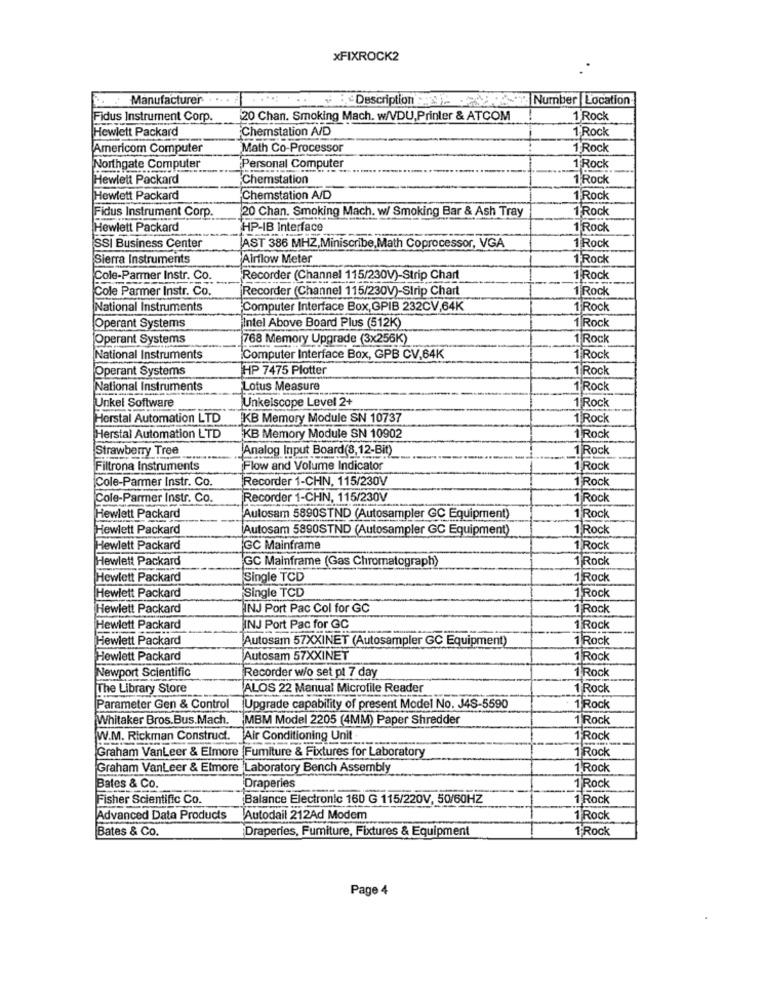
xFIXROCK2
Manufacturer. ....
Description ::- 06- Number Location
Fidus Instrument Corp.
20 Chan. Smoking Mach. w/VDU,Printer & ATCOM
1 Rock
Hewlett Packard
Chemstation A/D
1'Rock
Americom Computer
Math Co-Processor
1 Rock
Northgate Computer
Personal Computer
1 Rock
Hewlett Packard
Chemstation
1 Rock
Hewlett Packard
Chemstation A/D
1 Rock
Fidus Instrument Corp.
20 Chan. Smoking Mach. w/ Smoking Bar & Ash Tray
1 Rock
Hewlett Packard
HP-IB Interface
1 Rock
SSI Business Center
AST 386 MHZ,Miniscribe,Math Coprocessor, VGA
1'Rock
Sierra Instruments
Airflow Meter
1 Rock
Cole-Parmer Instr. Co
Recorder (Channel 115/230V)-Strip Chart
1 Rock
Cole Parmer Instr. Co.
Recorder (Channel 115/230V)-Strip Chart
1 Rock
National Instruments
Computer Interface Box, GPIB 232CV,64K
1 Rock
Operant Systems
Intel Above Board Plus (512K)
1 Rock
Operant Systems
768 Memory Upgrade (3x256K)
1 Rock
National Instruments
Computer Interface Box, GPB CV,64K
1 Rock
Operant Systems
HP 7475 Plotter
1 Rock
National Instruments
Lotus Measure
1 Rock
Unkel Software
Unkeiscope Level 2+
1 Rock
Herstal Automation LTD
KB Memory Module SN 10737
1 Rock
Herstal Automation LTD
KB Memory Module SN 10902
1 Rock
Strawberry Tree
Analog Input Board(8,12-Bit)
1 Rock
Filtrona Instruments
Flow and Volume Indicator
1 Rock
Cole-Parmer Instr. Co.
Recorder 1-CHN, 115/230V
1 Rock
Cole-Parmer Instr. Co.
Recorder 1-CHN, 115/230V
1 Rock
Hewlett Packard
Autosam 5890STND (Autosampler GC Equipment)
Rock
Hewlett Packard
Autosam 5890STND (Autosampler GC Equipment)
1'Rock
Hewlett Packard
GC Mainframe
1 Rock
Hewlett Packard
GC Mainframe (Gas Chromatograph)
1 Rock
Hewlett Packard
Single TCD
1 Rock
Single TCD
Hewlett Packard
1 Rock
Hewlett Packard
INJ Port Pac Col for GC
1 Rock
Hewlett Packard
INJ Port Pac for GC
1 Rock
Hewlett Packard
Autosam 57XXINET (Autosampler GC Equipment)
1 Rock
Hewlett Packard
Autosam 57XXINET
1 Rock
Newport Scientific
Recorder w/o set pt 7 day
1 Rock
The Library Store
ALOS 22 Manual Microfile Reader
1'Rock
Parameter Gen & Control
Upgrade capability of present Model No. J4S-5590
1 Rock
Whitaker Bros.Bus.Mach.
MBM Model 2205 (4MM) Paper Shredder
1 Rock
W.M. Rickman Construct.
Air Conditioning Unit
1 Rock
Graham VanLeer & Elmore Fumiture & Fixtures for Laboratory
1 Rock
Graham VanLeer & Elmore
Laboratory Bench Assembly
1 Rock
Bates & Co.
Draperies
1 Rock
Fisher Scientific Co.
Balance Electronic 160 G 115/220V, 50/60HZ
1 Rock
Advanced Data Products
Autodail 212Ad Modem
1 Rock
Bates & Co.
Draperies, Fumiture, Fixtures & Equipment
1 Rock
Page 4